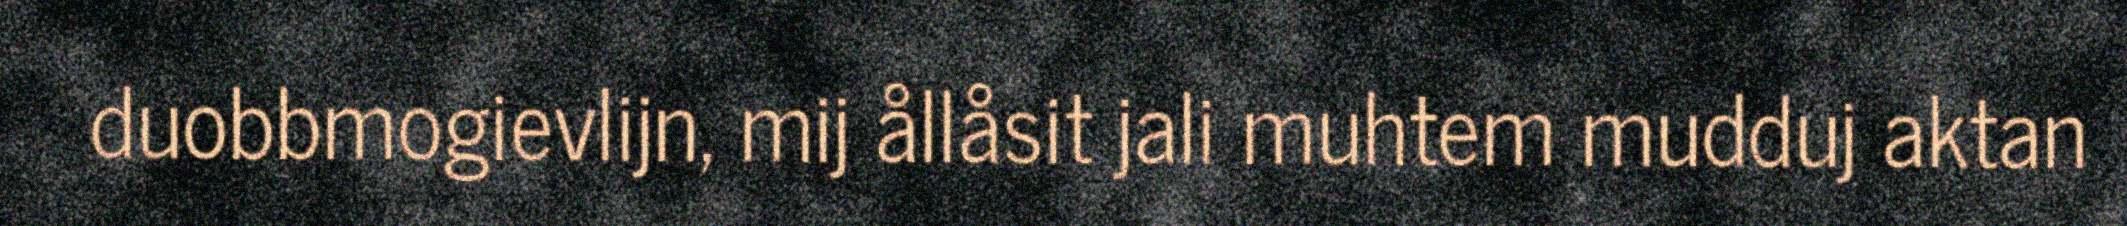
duobbmogievlijn, mij ållåsit jali muhtem mudduj aktan